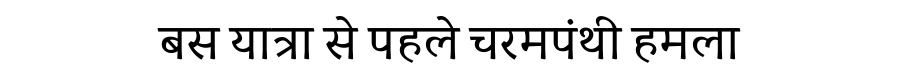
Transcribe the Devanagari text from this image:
बस यात्रा से पहले चरमपंथी हमला